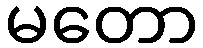
မတော